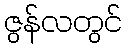
ဇွန်လတွင်